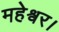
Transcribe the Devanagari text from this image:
महेश्वर।